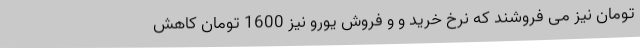
تومان نیز می فروشند که نرخ خرید و و فروش یورو نیز 1600 تومان کاهش